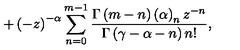
+ \left( - z \right) ^ { - \alpha } \sum _ { n = 0 } ^ { m - 1 } \frac { \Gamma \left( m - n \right) \left( \alpha \right) _ { n } z ^ { - n } } { \Gamma \left( \gamma - \alpha - n \right) n ! } ,